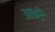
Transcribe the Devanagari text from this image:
आकँडे